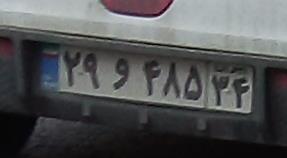
۲۹و۴۸۵۳۴